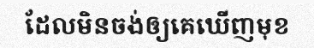
ដែលមិនចង់ឲ្យគេឃើញមុខ